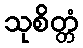
သုစိတ္တံ